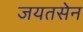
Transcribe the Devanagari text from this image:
जयतसेन